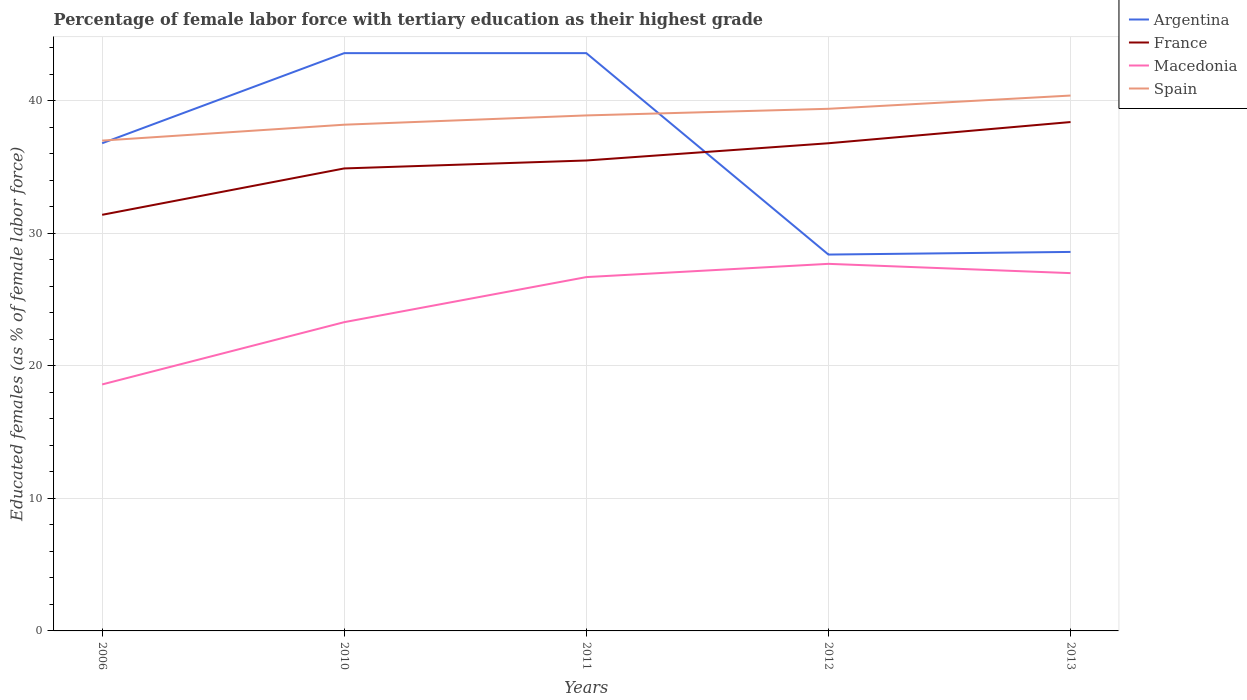
| Years | Argentina | France | Macedonia | Spain |
 | --- | --- | --- | --- | --- |
 | 2006 | 36.8 | 31.4 | 18.6 | 37 |
 | 2010 | 43.6 | 34.9 | 23.3 | 38.2 |
 | 2011 | 43.6 | 35.5 | 26.7 | 38.9 |
 | 2012 | 28.4 | 36.8 | 27.7 | 39.4 |
 | 2013 | 28.6 | 38.4 | 27 | 40.4 |